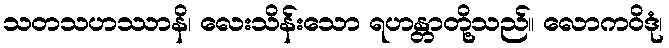
သတသဟဿာနိ၊ လေးသိန်းသော ရဟန္တာတို့သည်။ လောကဝိဒုံ၊